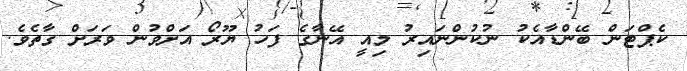
ކެޕްޓަން ބޭންޑާއެކު ނުކުންނައިރު މިއީ އޭނާގެ ފަހު ޔޫރޯ އަށްވުން ވަރަށް ގާތެވެ.